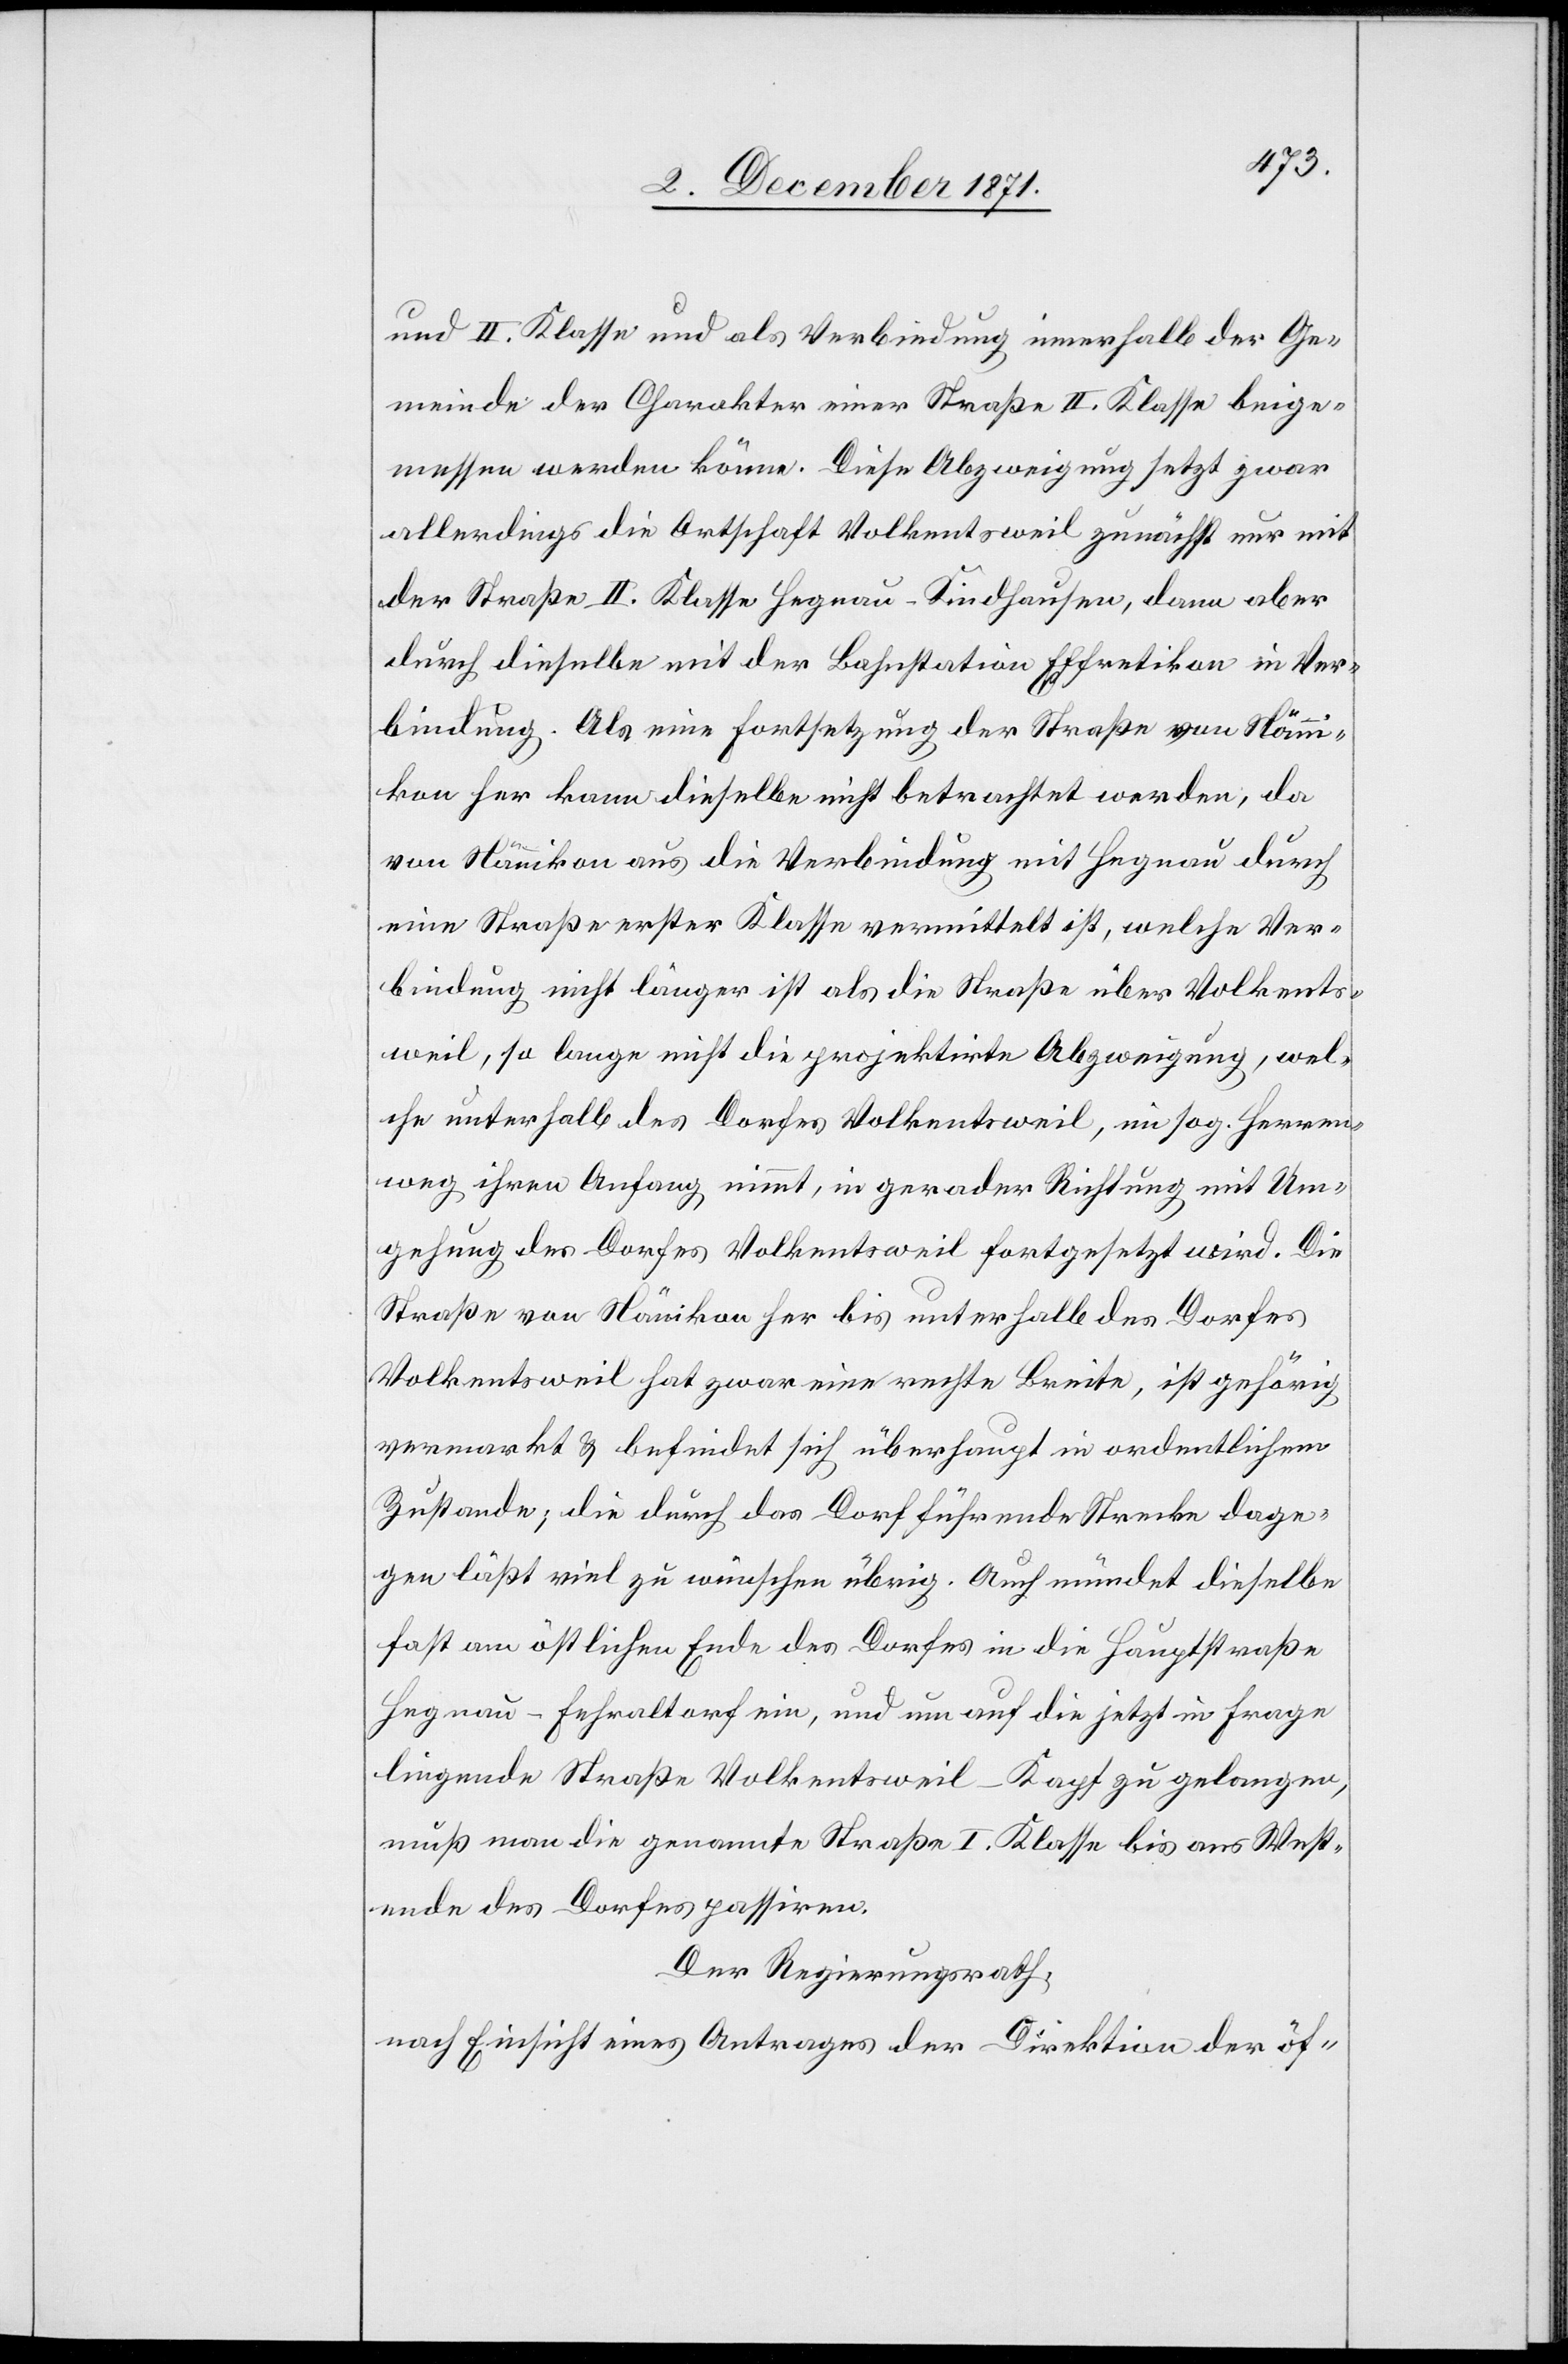
und II. Klasse und als Verbindung innerhalb der Ge¬
meinde der Charakter einer Straße II. Klasse beige¬
messen werden könne. Diese Abzweigung setzt zwar
allerdings die Ortschaft Volkentsweil zunächst nur mit
der Straße II. Klasse Hegnau–Kindhausen, dann aber
durch dieselbe mit der Bahnstation Effretikon in Ver¬
bindung. Als eine Fortsetzung der Straße von Nänn¬
ikon her kann dieselbe nicht betrachtet werden, da
von Nännikon aus die Verbindung mit Hegnau durch
eine Straße erster Klasse vermittelt ist, welche Ver¬
bindung nicht länger ist als die Straße über Volkents¬
weil, so lange nicht die projektirte Abzweigung, wel¬
che unterhalb des Dorfes Volkentsweil, im sog. Herren¬
weg ihren Anfang nimmt, in gerader Richtung mit Um¬
gehung des Dorfes Volkentsweil fortgesetzt wird. Die
Straße von Nännikon her bis unterhalb des Dorfes
Volkentsweil hat zwar eine rechte Breite, ist gehörig
vermarkt & befindet sich überhaupt in ordentlichem
Zustande; die durch das Dorf führende Strecke dage¬
gen läßt viel zu wünschen übrig. Auch mündet dieselbe
fast am östlichen Ende des Dorfes in die Hauptstraße
Hegnau–Fehraltorf ein, und um auf die jetzt in Frage
liegende Straße Volkentsweil–Kapf zu gelangen,
muß man die genannte Straße I. Klasse bis ans West¬
ende des Dorfes passiren.
Der Regierungsrath,
nach Einsicht eines Antrages der Direktion der öf-